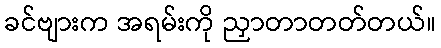
ခင်ဗျားက အရမ်းကို ညှာတာတတ်တယ်။